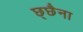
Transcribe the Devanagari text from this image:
छ्छैना